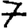
Digit: 7